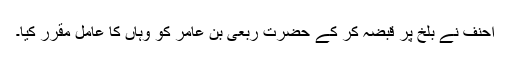
احنف نے بلخ پر قبضہ کر کے حضرت ربعی بن عامر کو وہاں کا عامل مقرر کیا۔